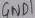
Text: GND1